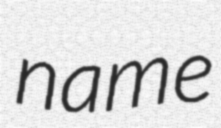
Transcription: name